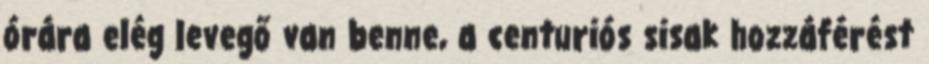
órára elég levegő van benne, a centuriós sisak hozzáférést